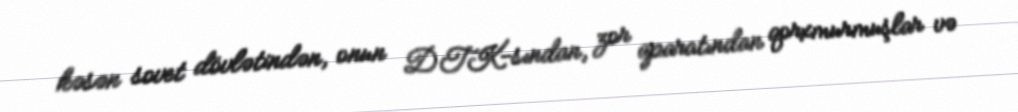
kəsən sovet dövlətindən, onun DTK-sından, zor aparatından qorxmurmuşlar və